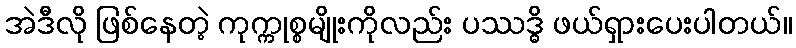
အဲဒီလို ဖြစ်နေတဲ့ ကုက္ကုစ္စမျိုးကိုလည်း ပဿဒ္ဓိ ဖယ်ရှားပေးပါတယ်။